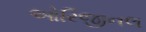
ઓરિજીનલ